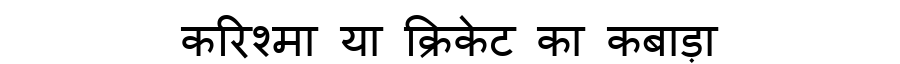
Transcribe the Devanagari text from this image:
करिश्मा या क्रिकेट का कबाड़ा